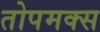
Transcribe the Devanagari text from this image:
तोपमक्स